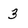
Character: 3